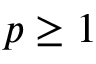
p \geq 1